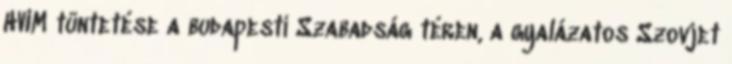
HVIM tüntetése a budapesti Szabadság téren, a gyalázatos Szovjet